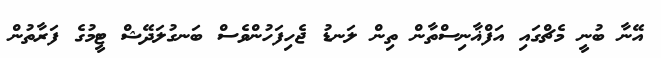
އޭނާ ބުނީ މެޗްގައި އަފްޣާނިސްތާން ތިން ލަނޑު ޖެހިފަހުންވެސް ބަނގުލަދޭޝް ޓީމުގެ ފަރާތުން